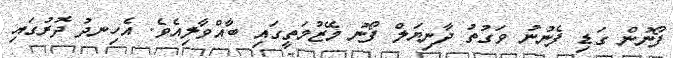
ފޯނުން ގަޑި ފެނުނު ވަގުތު ދާނިޔަލް ފޯނު މޭޒުމަތީގައި ބާއްވާލިއެވެ. އެހިނދު ދޮރުގައި